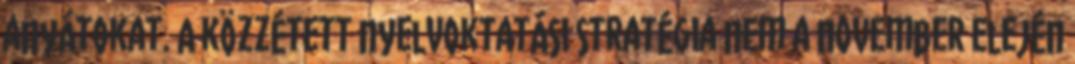
anyátokat. A közzétett nyelvoktatási stratégia nem a november elején